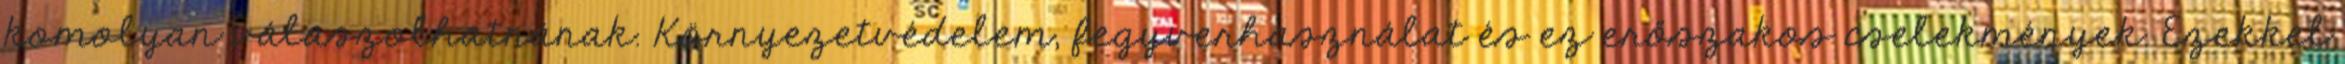
komolyan válaszolhatnának. Környezetvédelem, fegyverhasználat és ez erőszakos cselekmények. Ezekkel